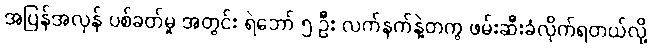
အပြန်အလှန် ပစ်ခတ်မှု အတွင်း ရဲဘော် ၅ ဦး လက်နက်နဲ့တကွ ဖမ်းဆီးခံလိုက်ရတယ်လို့